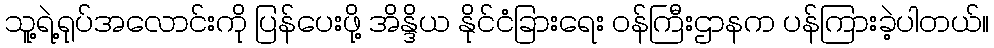
သူ့ရဲ့ရုပ်အလောင်းကို ပြန်ပေးဖို့ အိန္ဒိယ နိုင်ငံခြားရေး ဝန်ကြီးဌာနက ပန်ကြားခဲ့ပါတယ်။